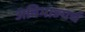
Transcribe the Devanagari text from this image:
अविभाज्यचं